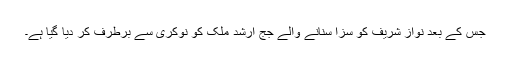
جس کے بعد نواز شریف کو سزا سنانے والے جج ارشد ملک کو نوکری سے برطرف کر دیا گیا ہے۔